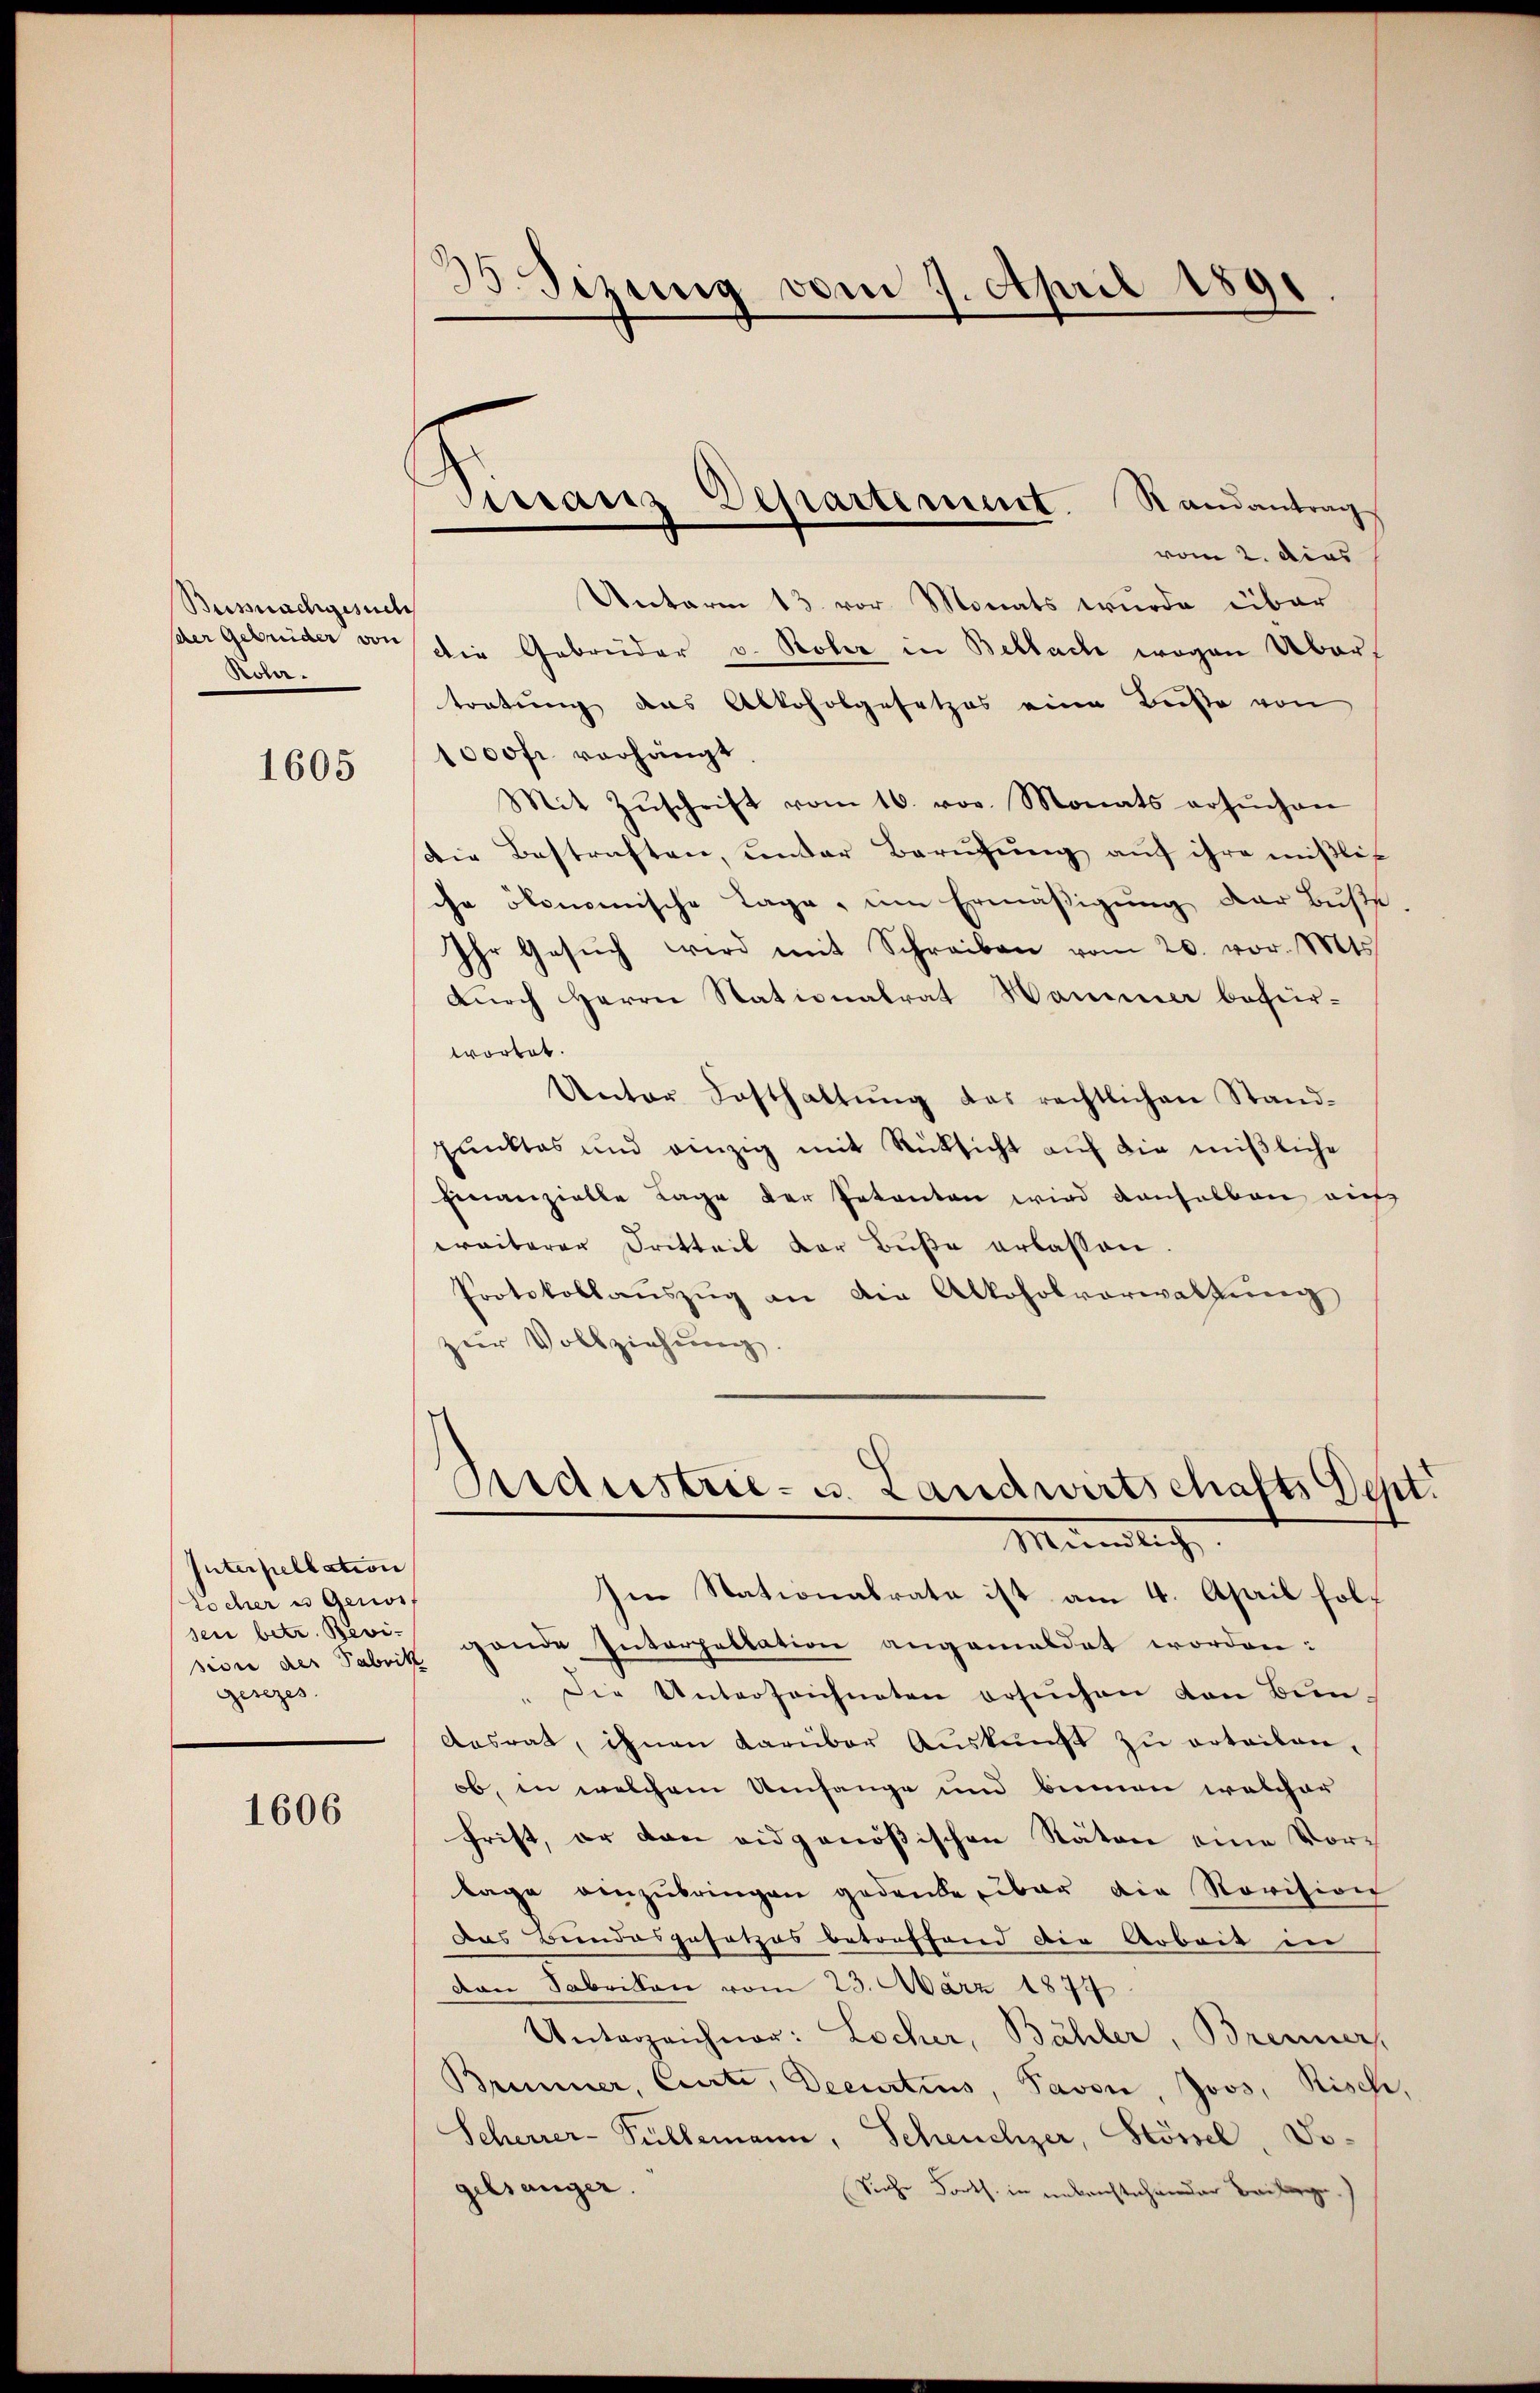
Buissnachgesuch
(der Gebrüder von
.

1605

Interpellation
tocher u Genoss
sion der Fabrik
gesezes

1606

35. Sizung vom 7. April 1891

Sirranz Departement. Randantrag

vom 2. dies
Unterm 13. vor Monats wurde über
die Gebrüder v. Rober in Bellach wegen Übers
tratung das Alkoholgesetzes eine Buße von
1000fr. vorhängt
Mit Zŭschrift vom 16. vor. Monats ersŭchen
Die Bestraften, unter Berufung auf ihre mißlic
che ökonomische Tage, um Ermäßigung der Buße.
Ihr Gesŭch wird mit Schreiben vom 20. vor. Mts.
durch Herrn Stationalrat Hammer befürwortet.
Unter Festhaltŭng das rechtlichen Stand-
punktes und einzig mit Rücksicht auf die mißliche
Einanzielle Lage der Petenten wird denselben auf
weiterer Dritteil der Bŭβe erlassen.
Protokollaŭszŭg an die Alkoholverwaltŭng
zŭr Vollziehŭng.

Sedustrie- u. Landwirtschafts Sept.
Minnlich

Im Stationalrate ist am 4. April folsen betr. Bevi- gande Interpellation angemeldet worden:
" Die Unterzeichneten ersuchen von Bun¬
Aasrat, ihnen darüber Auskunft zu erteilen,
ob, in welchem Umfange und binnen welcher
frist, er den eidgenößischen Räten eine Vorlage einzubringen gedanke, über die Revision
Das Bundesgesetzes betreffend die Arbeit in
van Fabrikon vom 23. März 1874
Unterzeichner: Locher, Bähler, Brenner,
Brimmer, Curte, Decurtius, Pavon, Joos, Risch,
Scherrer-Pallemann, Scheuchzer, Sösel, Jogelsanger.
Siche Forts. in unterstehender Beilage)